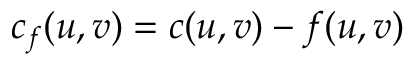
c _ { f } ( u , v ) = c ( u , v ) - f ( u , v )